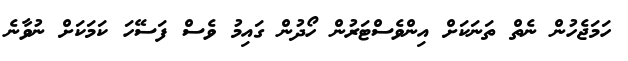
ހަމަޖެހުން ނެތް ތަނަކަށް އިންވެސްޓަރުން ހޯދުން ގައިމު ވެސް ފަސޭހަ ކަމަކަށް ނުވާނެ